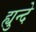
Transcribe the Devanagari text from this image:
ह्युन्दे